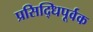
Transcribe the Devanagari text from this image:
प्रसिद्धिपूर्वक